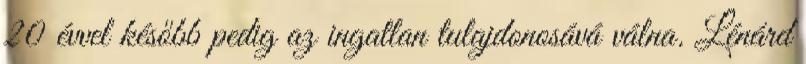
20 évvel később pedig az ingatlan tulajdonosává válna. Lénárd